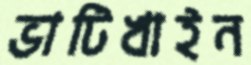
ভাটিখাইন